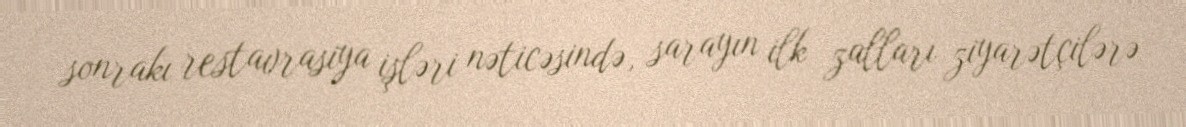
sonrakı restavrasiya işləri nəticəsində, sarayın ilk zalları ziyarətçilərə